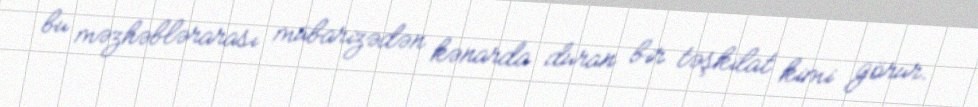
bu məzhəblərarası mübarizədən kənarda duran bir təşkilat kimi görür.